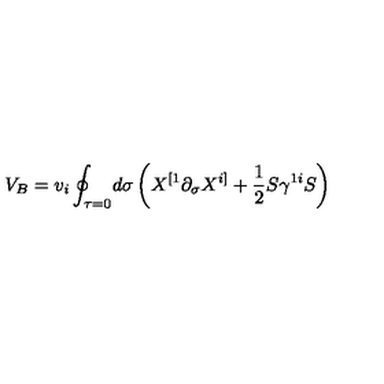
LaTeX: V _ { B } = v _ { i } \oint _ { \tau = 0 } \! d \sigma \left( X ^ { [ 1 } \partial _ { \sigma } X ^ { i ] } + \frac { 1 } { 2 } S \gamma ^ { 1 i } S \right)